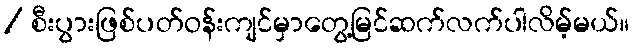
/ စီးပွားဖြစ်ပတ်ဝန်းကျင်မှာတွေ့မြင်ဆက်လက်ပါလိမ့်မယ်။